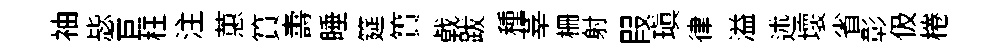
袖毖巨枉注蕙篔夀睡筵簣㦸跋種莘栅射叚瑱律溢述壞省彰伋棬